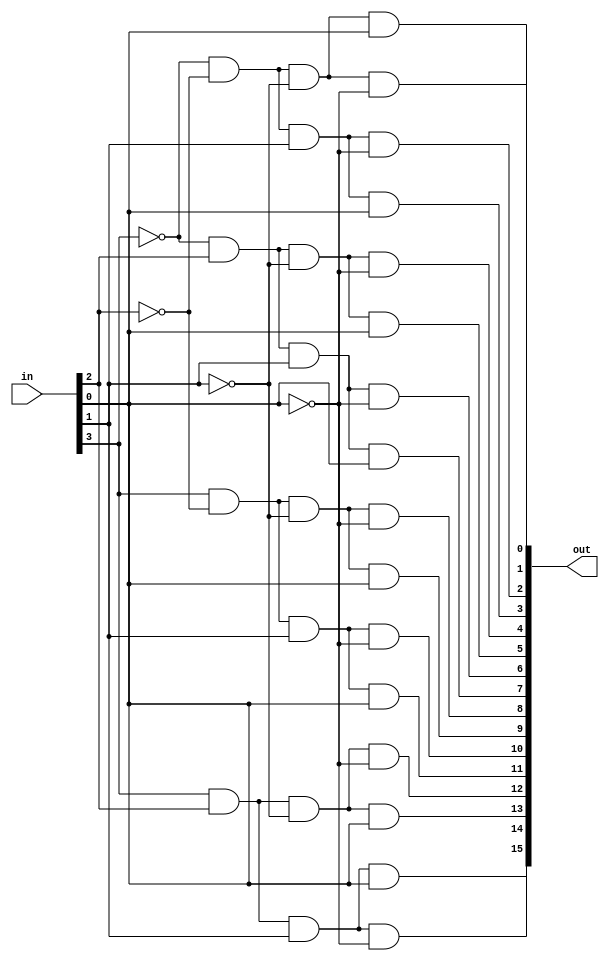
module decoder_4to16 (
    input [3:0] in,
    output [15:0] out
);

    assign out[0] = ~in[3] & ~in[2] & ~in[1] & ~in[0];
    assign out[1] = ~in[3] & ~in[2] & ~in[1] & in[0];
    assign out[2] = ~in[3] & ~in[2] & in[1] & ~in[0];
    assign out[3] = ~in[3] & ~in[2] & in[1] & in[0];
    assign out[4] = ~in[3] & in[2] & ~in[1] & ~in[0];
    assign out[5] = ~in[3] & in[2] & ~in[1] & in[0];
    assign out[6] = ~in[3] & in[2] & in[1] & ~in[0];
    assign out[7] = ~in[3] & in[2] & in[1] & in[0];
    assign out[8] = in[3] & ~in[2] & ~in[1] & ~in[0];
    assign out[9] = in[3] & ~in[2] & ~in[1] & in[0];
    assign out[10] = in[3] & ~in[2] & in[1] & ~in[0];
    assign out[11] = in[3] & ~in[2] & in[1] & in[0];
    assign out[12] = in[3] & in[2] & ~in[1] & ~in[0];
    assign out[13] = in[3] & in[2] & ~in[1] & in[0];
    assign out[14] = in[3] & in[2] & in[1] & ~in[0];
    assign out[15] = in[3] & in[2] & in[1] & in[0];

endmodule